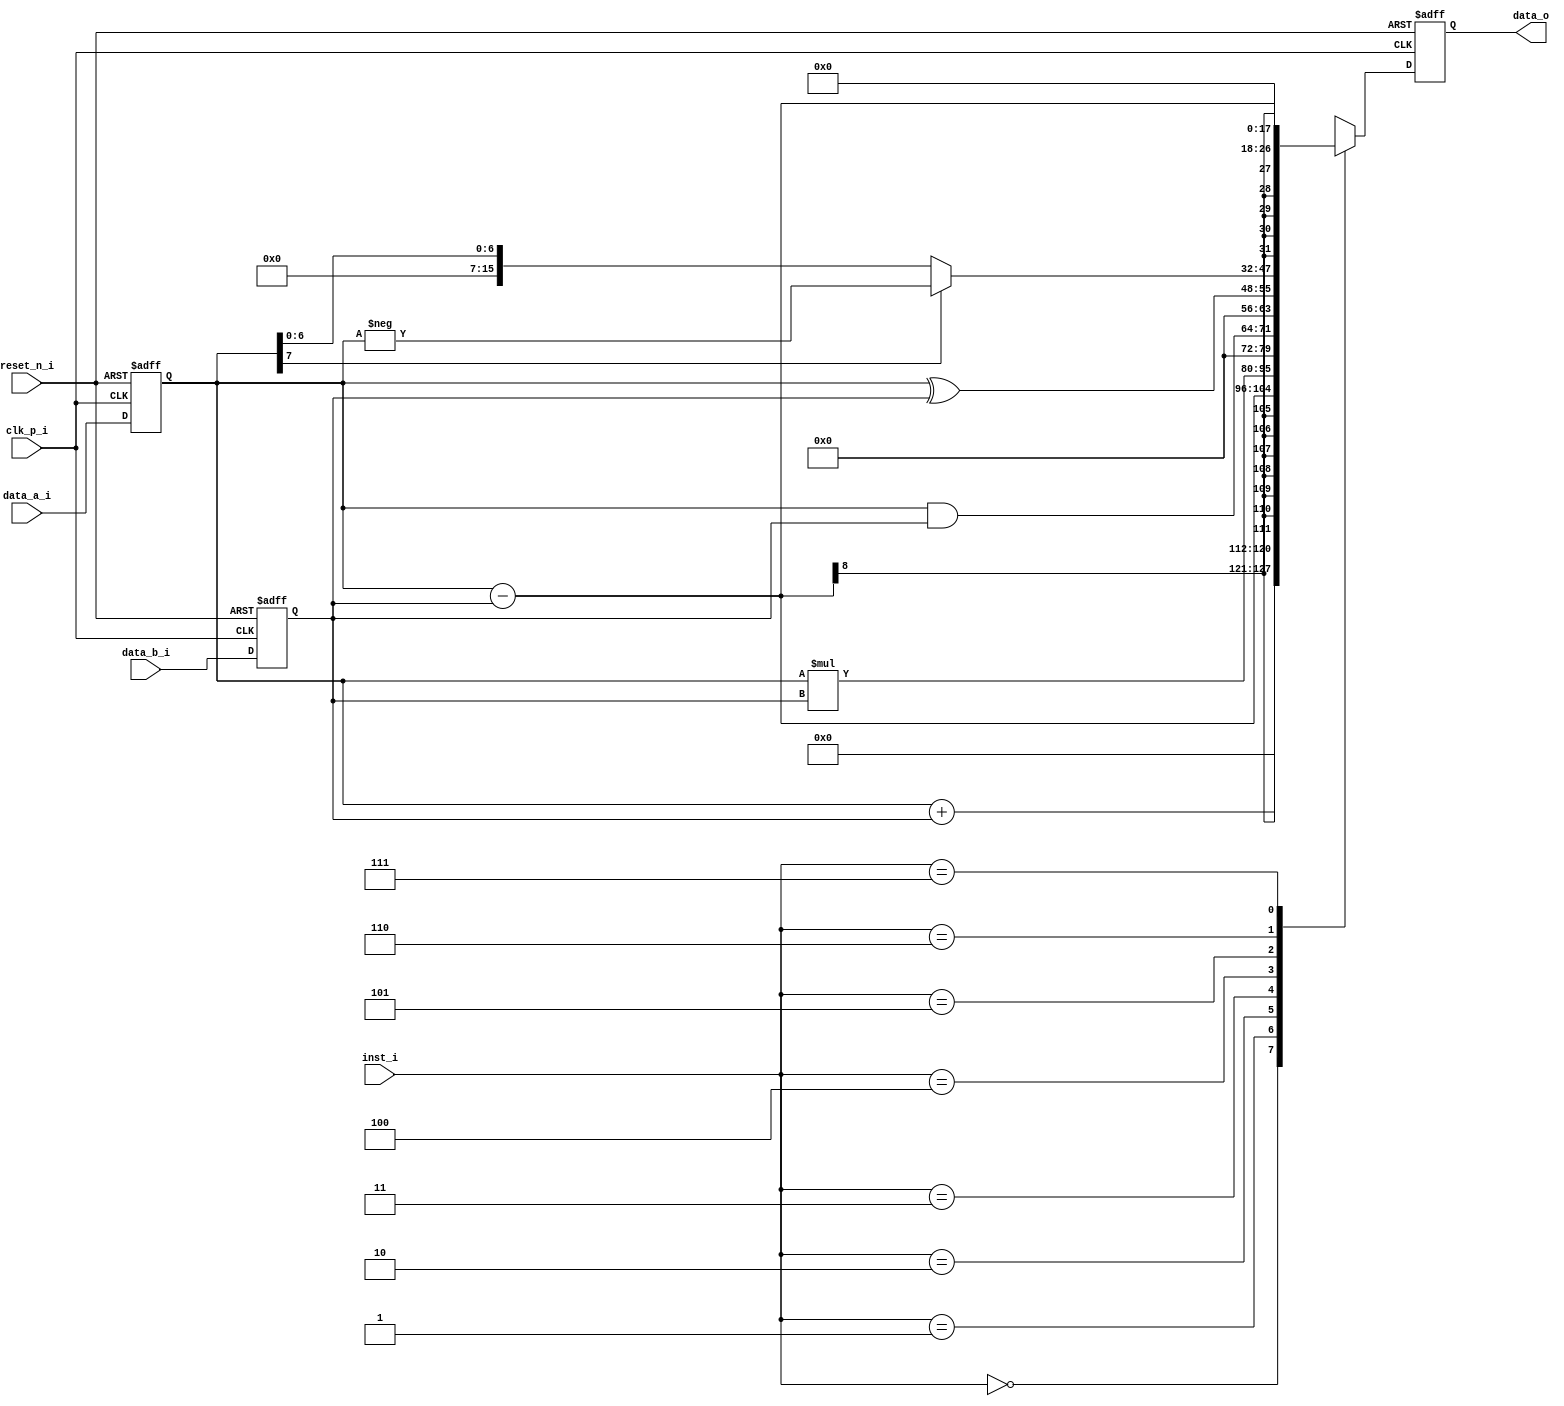
////////////////////////////////////////////////////////////////
//
// Module: HW2_alu.v
// mylesjohnson15@ucla.edu
//
// Description:
// ALU for HW2
//
// Parameters:
//
// Inputs:
// CLK, RESET, DATA_A, DATA_B, INST
// Outputs:
// DATA_O
////////////////////////////////////////////////////////////////
module HW2_alu (clk_p_i,reset_n_i,data_a_i,data_b_i,inst_i,data_o);
////////////////////////////////////////////////////////////////
// Inputs & Outputs
input clk_p_i;
input reset_n_i;
input [7:0] data_a_i;
input [7:0] data_b_i;
input [2:0] inst_i;
output [15:0] data_o;
////////////////////////////////////////////////////////////////
// reg & wire declarations
wire [15:0] out_inst_0; // Wire carrys output when inst_1 casevalue equals 0
wire [15:0] out_inst_1; // Wire carrys output when inst_1 casevalue equals 1
wire [15:0] out_inst_2; // Wire carrys output when inst_1 casevalue equals 2
wire [15:0] out_inst_3; // Wire carrys output when inst_1 casevalue equals 3
wire [15:0] out_inst_4; // Wire carrys output when inst_1 casevalue equals 4
wire [15:0] out_inst_5; // Wire carrys output when inst_1 casevalue equals 5
wire [15:0] out_inst_6; // Wire carrys output when inst_1 casevalue equals 6
wire [15:0] out_inst_7; // Wire carrys output when inst_1 casevalue equals 7
reg [15:0] ALU_out_inst; // Register that holds output of chosen ALU function
wire [15:0] ALU_d2_w; // Wire that carries output of ALU
reg [15:0] ALU_d2_r; // Register that holds ALU out info
reg [7:0] Data_A_o_r; // Register that holds Data A
reg [7:0] Data_B_o_r; // Register that holds Data B
reg [2:0] Inst_o_r; // Register that holds Instruction Value
////////////////////////////////////////////////////////////////
// Combinational Logic
assign ALU_d2_w = ALU_out_inst;
assign data_o = ALU_d2_r;
// The output MUX
always @(*) begin
case(inst_i)
3 'b000: ALU_out_inst = Data_A_o_r + Data_B_o_r; // Unsigned Addition
3 'b001: ALU_out_inst = Data_A_o_r - Data_B_o_r; // Unsigned Subtraction
3 'b010: ALU_out_inst = Data_A_o_r * Data_B_o_r; // Unsigned Multiplication
3 'b011: ALU_out_inst = Data_A_o_r & Data_B_o_r; // Bitwise AND
3 'b100: ALU_out_inst = Data_A_o_r ^ Data_B_o_r; // Bitwise XOR
3 'b101: ALU_out_inst = Data_A_o_r[7] ? -Data_A_o_r : Data_A_o_r; // |a| --> If MSB of a is 1 (neg) flip sign else stay keep pos value
3 'b110: ALU_out_inst = ((Data_A_o_r - Data_B_o_r) << 2); // Subtract and mulpily by 4 (left shift by 2 which is multiply by 2^2 = 4)
3 'b111: ALU_out_inst = {(16){1'b0}}; // Unused Case
default: ALU_out_inst = {(16){1'b0}}; // Default case
endcase
end
////////////////////////////////////////////////////////////////
// Registers
always @(posedge clk_p_i or negedge reset_n_i) begin
if (reset_n_i == 1'b0) begin
ALU_d2_r <= {(16){1'b0}};
Data_A_o_r <= {(8){1'b0}};
Data_B_o_r <= {(8){1'b0}};
Inst_o_r <= 3'b111;
end
else begin
ALU_d2_r <= ALU_d2_w;
Data_A_o_r <= data_a_i;
Data_B_o_r <= data_b_i;
Inst_o_r <= inst_i;
end
end
endmodule